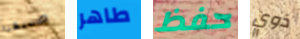
صديقنا طاهر حفظ ذوي